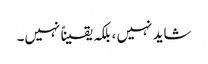
شاید نہیں ، بلکہ یقیناً نہیں۔